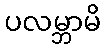
ပလမ္ဘာမိ